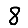
Digit: 8